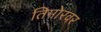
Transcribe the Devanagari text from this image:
तिमोरवर